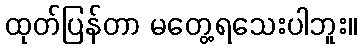
ထုတ်ပြန်တာ မတွေ့ရသေးပါဘူး။